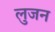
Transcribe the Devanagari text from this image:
लुजन